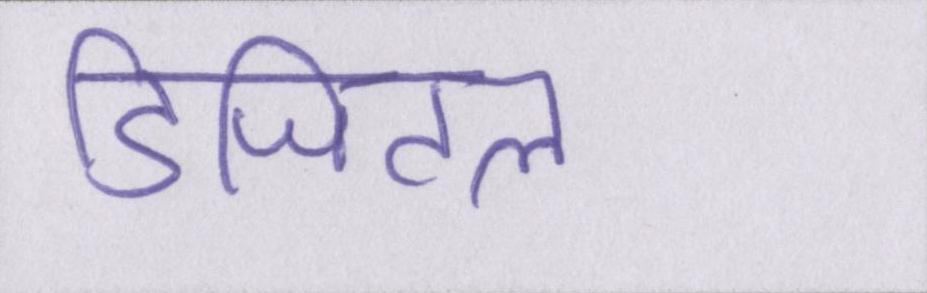
डिजिटल